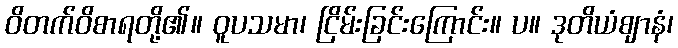
ဝိတက်ဝိစာရတို့၏။ ဝူပသမာ၊ ငြိမ်းခြင်းကြောင်း။ ပ။ ဒုတိယံဈာနံ၊